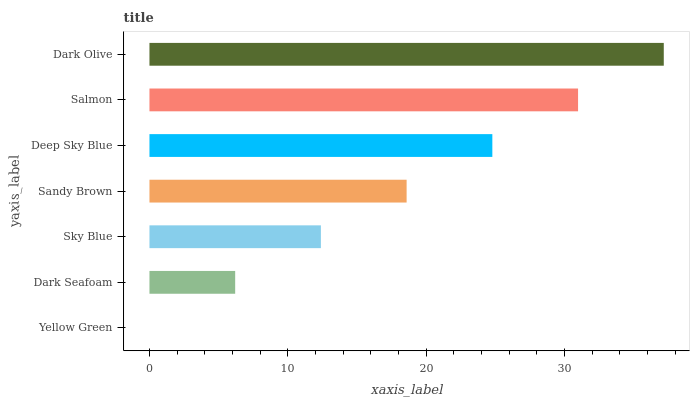
| yaxis_label | bars |
 | --- | --- |
 | Yellow Green | 0 |
 | Dark Seafoam | 6.19 |
 | Sky Blue | 12.4 |
 | Sandy Brown | 18.6 |
 | Deep Sky Blue | 24.8 |
 | Salmon | 31 |
 | Dark Olive | 37.2 |